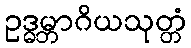
ဥဒ္ဓမ္ဘာဂိယသုတ္တံ